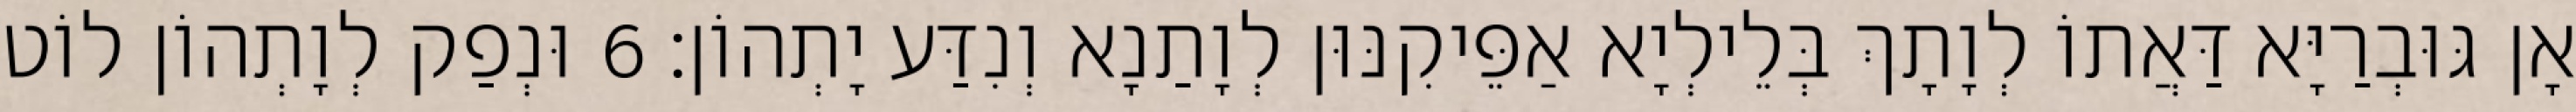
אָן גּוּבְרַיָּא דַּאֲתוֹ לְוָתָךְ בְּלֵילְיָא אַפֵּיקִנּוּן לְוָתַנָא וְנִדַּע יָתְהוֹן׃ 6 וּנְפַק לְוָתְהוֹן לוֹט